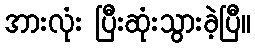
အားလုံး ပြီးဆုံးသွားခဲ့ပြီ။